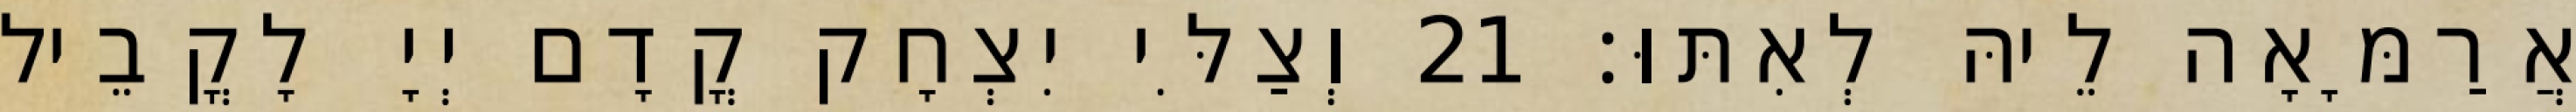
אֲרַמָּאָה לֵיהּ לְאִתּוּ׃ 21 וְצַלִּי יִצְחָק קֳדָם יְיָ לָקֳבֵיל